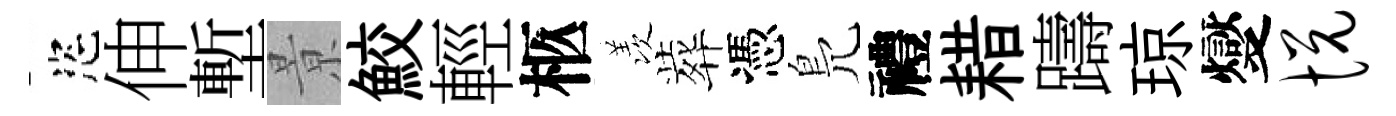
恣伸塹㬌鮫輕柩羡葬憑鳬禮耤躊琼燮悦